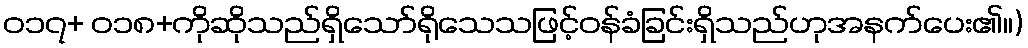
ဝ၁၇+ ဝ၁၈+ကိုဆိုသည်ရှိသော်ရိုသေသဖြင့်ဝန်ခံခြင်းရှိသည်ဟုအနက်ပေး၏။)